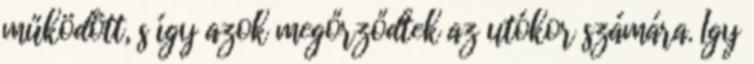
működött, s így azok megőrződtek az utókor számára. Így